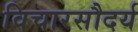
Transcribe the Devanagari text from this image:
विचारसौदर्य